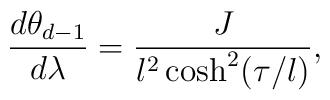
\frac{d\theta_{d-1}}{d\lambda}=\frac{J}{l^2\cosh^2(\tau/l)},